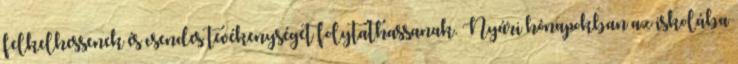
felkelhessenek és csendes tevékenységet folytathassanak. Nyári hónapokban az iskolába